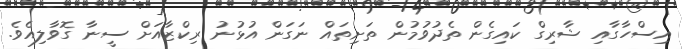
އިސްހާގާއި ޝާރިގް ކައިގެން ތެދުވުމުން ތަށިތައް ނަގަން އުޅުނު ރިކްޒާއަށް ސީނާ ގޮވާލިއެވެ.